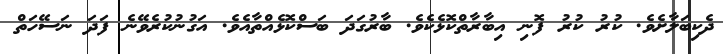
ދެކިބަލާށެވެ. ކުރު ކުރު ފޮނި އިބާރާތްކޮޅެކެވެ. ބާރުގަދަ ބަސްކޮޅެއްތާއެވެ. އަގުނުކުރެވޭނެ ފަދަ ނަސޭހަތް